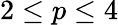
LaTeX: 2\le p\le 4